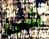
شئ